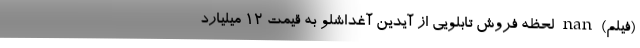
(فیلم) nan لحظه فروش تابلویی از آیدینِ آغداشلو به قیمت ۱۲ میلیارد